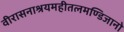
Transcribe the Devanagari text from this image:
वीरासनाश्रयमहीतलमण्डिजानो